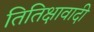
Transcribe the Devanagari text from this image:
तितिक्षावादी